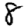
Digit: 8